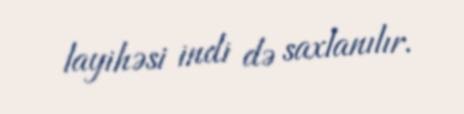
layihəsi indi də saxlanılır.